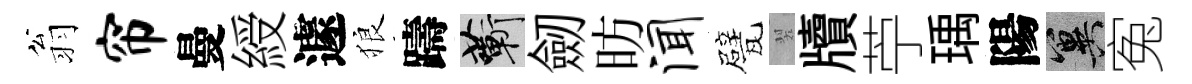
翁帘曼綬遽狼躊蔪劒昉闻甓翠牘苧瑀陽冀寃